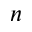
n